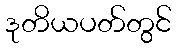
ဒုတိယပတ်တွင်